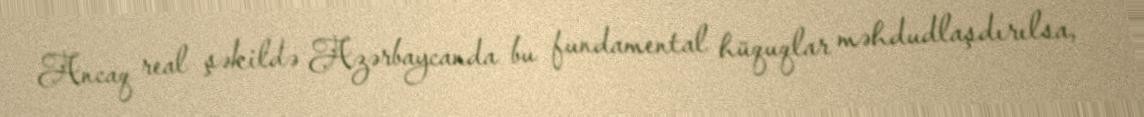
Ancaq real şəkildə Azərbaycanda bu fundamental hüquqlar məhdudlaşdırılsa,